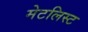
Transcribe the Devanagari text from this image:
मेटलिस्ट